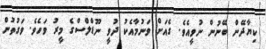
ކިޔާދޭން ބޭނުން ނުވީއެވެ. ގެއަށް ވަނުމާއެކު ދުވީ ނޫޑްލްސްގެ މީރު ވަހެވެ. ވަގުތުން